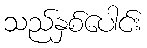
သည်နှစ်ပေါင်း